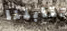
تقابلنا